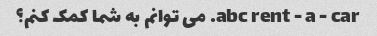
abc rent - a - car. می توانم به شما کمک کنم؟